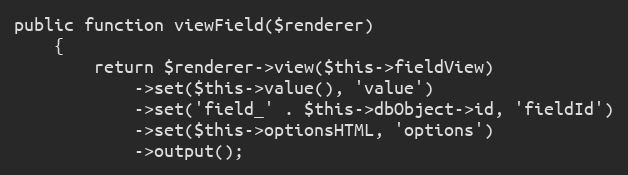
Language: PHP
public function viewField($renderer)
    {
        return $renderer->view($this->fieldView)
            ->set($this->value(), 'value')
            ->set('field_' . $this->dbObject->id, 'fieldId')
            ->set($this->optionsHTML, 'options')
            ->output();